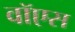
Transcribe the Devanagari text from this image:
वॉएस